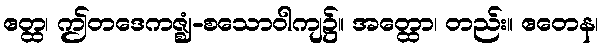
ဧတ္ထ၊ ဤတဒေကဇ္ဈံ-စသောဝါကျ၌။ အတ္ထော၊ တည်း။ ဧတေန၊